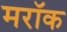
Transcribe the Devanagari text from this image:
मरॉक